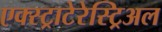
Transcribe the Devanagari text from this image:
एक्स्ट्राटेरेस्ट्रिअल